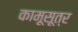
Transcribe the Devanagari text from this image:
कामूसूत्र